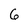
Character: 6